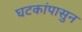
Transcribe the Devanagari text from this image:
घटकांपासुन